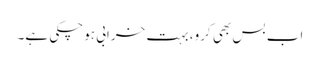
اب بس بھی کرو، بہت خرابی ہوچکی ہے۔